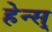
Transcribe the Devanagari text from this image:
हेन्स्